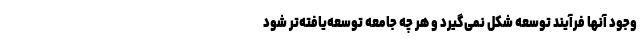
وجود آنها فرآیند توسعه شکل نمی‌گیرد و هر چه جامعه توسعه‌یافته‌تر شود